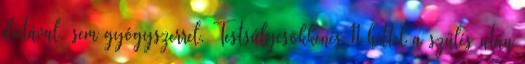
diétával, sem gyógyszerrel. Testsúlycsökkenés 11 héttel a szülés után